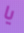
يا